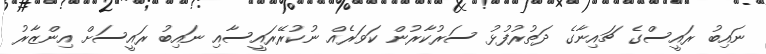
ނައިބު ރައީސްގެ ޗައިނާގެ ދަތުރުފުޅު ސަރުކާރުން ކަވަރެއް ނުކުރޭރައީސާއި ނައިބު ރައީސަށް އިންޒާރު